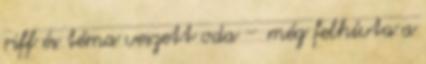
riff és téma veszett oda – még felhívta a